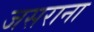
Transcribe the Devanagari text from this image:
जसराना